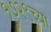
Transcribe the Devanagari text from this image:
१७२९च्या